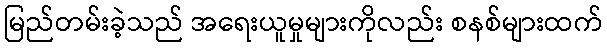
မြည်တမ်းခဲ့သည် အရေးယူမှုများကိုလည်း စနစ်များထက်